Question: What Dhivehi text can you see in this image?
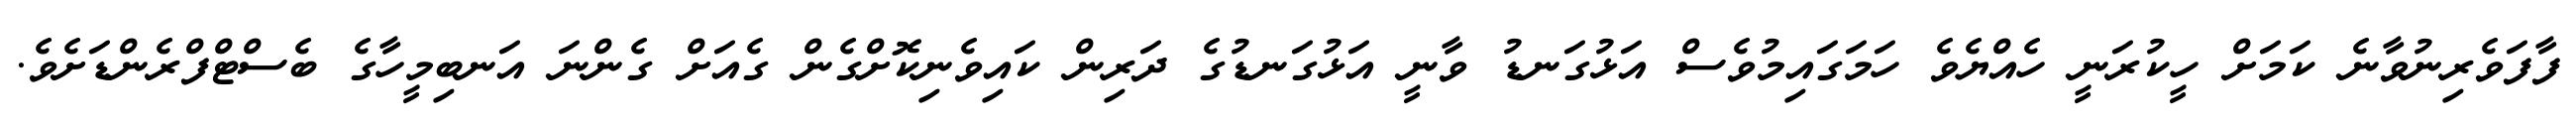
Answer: ފާފަވެރިނުވާނެ ކަމަށް ހީކުރަނީ ހެއްޔެވެ ހަމަގައިމުވެސް އަޅުގަނޑު ވާނީ އަޅުގަނޑުގެ ދަރިން ކައިވެނިކޮށްގެން ގެއަށް ގެންނަ އަނބިމީހާގެ ބެސްޓްފްރެންޑަށެވެ.